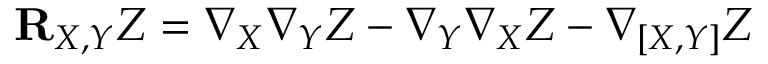
{ \bf R } _ { X , Y } Z = \nabla _ { X } \nabla _ { Y } Z - \nabla _ { Y } \nabla _ { X } Z - \nabla { _ { [ X , Y ] } } Z